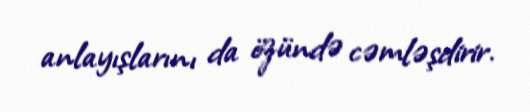
anlayışlarını da özündə cəmləşdirir.